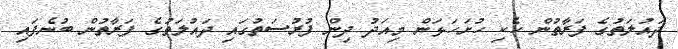
ދައުލަތުގެ ފަރާތުން ހެކި ހުށަހަޅަން މިއަދު ދިން ފުރުސަތުގައި ދައުލަތުގެ ފަރާތުން ބުނެފައި